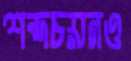
শব্দচয়নও